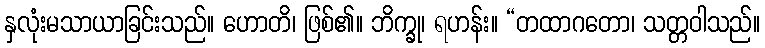
နှလုံးမသာယာခြင်းသည်။ ဟောတိ၊ ဖြစ်၏။ ဘိက္ခု၊ ရဟန်း။ “တထာဂတော၊ သတ္တဝါသည်။